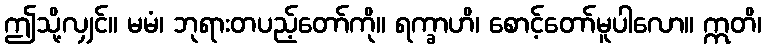
ဤသို့လျှင်။ မမံ၊ ဘုရားတပည့်တော်ကို။ ရက္ခာဟိ၊ စောင့်တော်မူပါလော။ ဣတိ၊